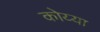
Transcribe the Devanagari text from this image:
कोय्या